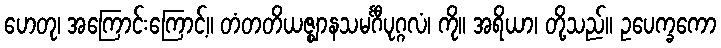
ဟေတု၊ အကြောင်းကြောင့်။ တံတတိယဇ္ဈာနသမင်္ဂီပုဂ္ဂလံ၊ ကို။ အရိယာ၊ တို့သည်။ ဥပေက္ခကော